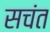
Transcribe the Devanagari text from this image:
सचंत